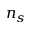
n _ { s }